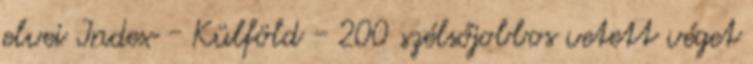
elvei Index - Külföld - 200 szélsőjobbos vetett véget